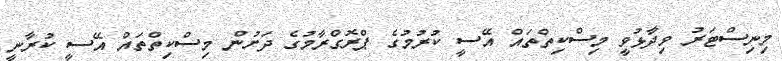
މިނިސްޓަރު ވިދާޅުވީ މިސްކިތްތައް އޭސީ ކުރުމުގެ ޕްރޮގްރާމުގެ ދަށުން މިސްކިތްތައް އޭސީ ކުރާނީ